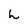
Character: h